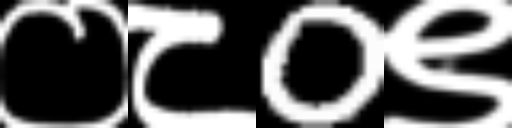
Text: ०८0९